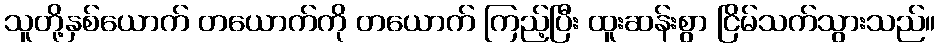
သူတို့နှစ်ယောက် တယောက်ကို တယောက် ကြည့်ပြီး ထူးဆန်းစွာ ငြိမ်သက်သွားသည်။